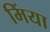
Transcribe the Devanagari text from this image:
मिंया